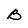
Character: B